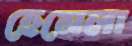
হেমেলা